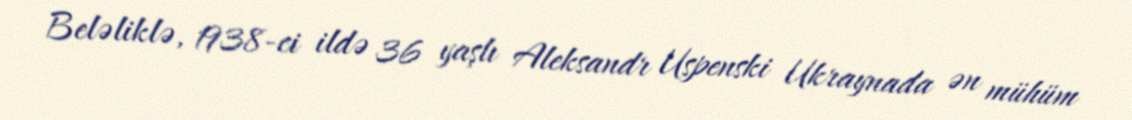
Beləliklə, 1938-ci ildə 36 yaşlı Aleksandr Uspenski Ukraynada ən mühüm